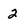
Character: 2